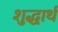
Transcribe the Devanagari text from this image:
शुद्धार्थ